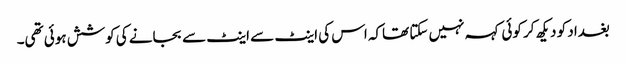
بغداد کو دیکھ کر کوئی کہہ نہیں سکتا تھاکہ اس کی اینٹ سے اینٹ سے بجانے کی کوشش ہوئی تھی۔